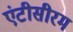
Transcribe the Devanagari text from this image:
एंटीसीरम